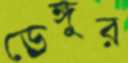
ডেঙ্গুর